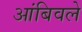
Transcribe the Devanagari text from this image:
आंबिवले